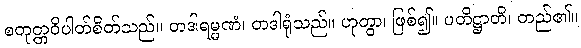
စတုတ္တဝိပါတ်စိတ်သည်။ တဒါရမ္မဏံ၊ တဒါရုံသည်။ ဟုတွာ၊ ဖြစ်၍။ ပတိဋ္ဌာတိ၊ တည်၏။